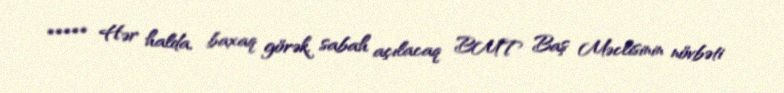
***** Hər halda, baxaq görək, sabah açılacaq BMT Baş Məclisinin növbəti